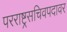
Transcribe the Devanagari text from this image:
परराष्ट्रसचिवपदावर